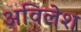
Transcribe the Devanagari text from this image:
अविलेश